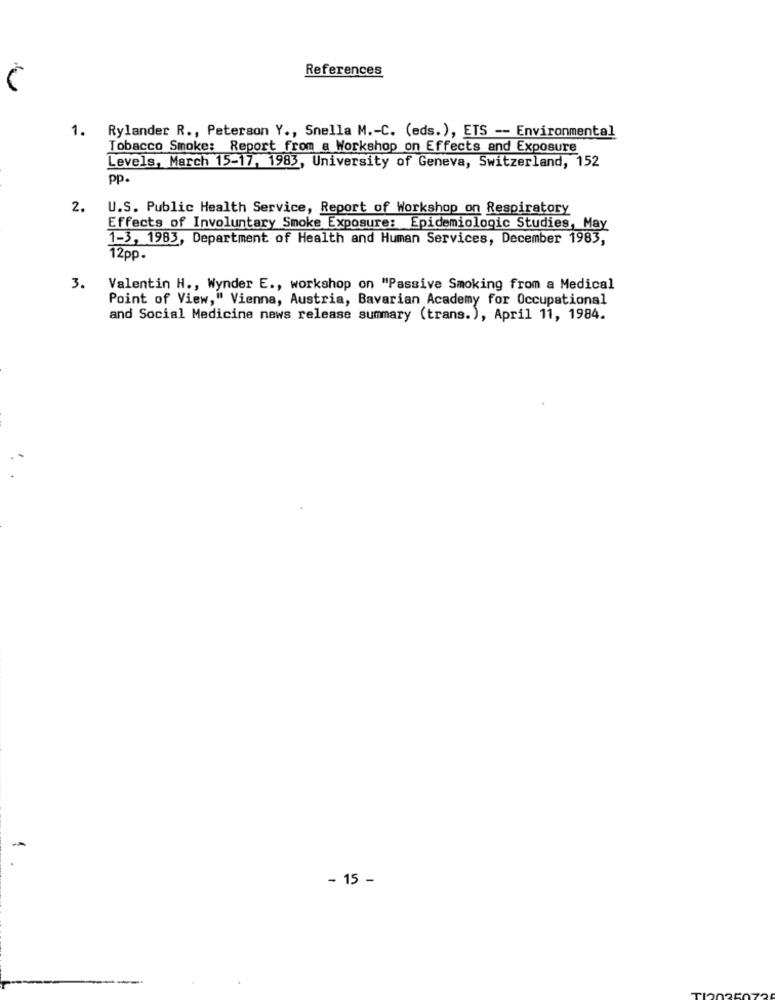
References
1.
Rylander R ., Peterson Y ., Snella M .- C. (eds.), ETS -- Environmental
Tobacco Smoke: Report from a Workshop on Effects and Exposure
Levels, March 15-17, 1983, University of Geneva, Switzerland, 152
pp.
2.
U.S. Public Health Service, Report of Workshop on Respiratory
Effects of Involuntary Smoke Exposure: Epidemiologic Studies, May
1-3, 1983, Department of Health and Human Services, December 1983,
12pp.
3. Valentin H ., Wynder E ., workshop on "Passive Smoking from a Medical
Point of View," Vienna, Austria, Bavarian Academy for Occupational
and Social Medicine news release summary (trans.), April 11, 1984.
- 15 -